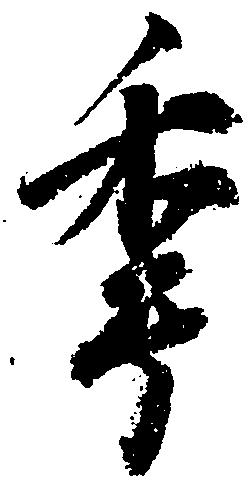
年